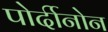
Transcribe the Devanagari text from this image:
पोर्दीनोन